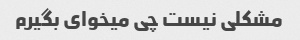
مشکلی نیست چی میخوای بگیرم